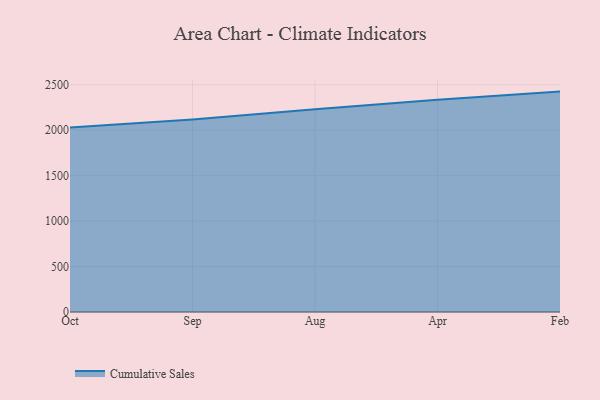
{"axis": {"x": "Month", "y": "Shipments"}, "legend": ["Cumulative Sales"], "data": [{"x": "Oct", "y": 2027.8, "type": "Cumulative Sales"}, {"x": "Sep", "y": 2117.4, "type": "Cumulative Sales"}, {"x": "Aug", "y": 2228.7, "type": "Cumulative Sales"}, {"x": "Apr", "y": 2335.2, "type": "Cumulative Sales"}, {"x": "Feb", "y": 2423.8, "type": "Cumulative Sales"}]}